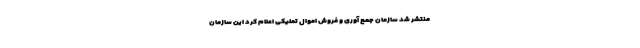
منتشر شد سازمان جمع آوری و فروش اموال تملیکی اعلام کرد این سازمان